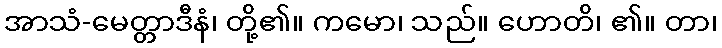
အာသံ-မေတ္တာဒီနံ၊ တို့၏။ ကမော၊ သည်။ ဟောတိ၊ ၏။ တာ၊